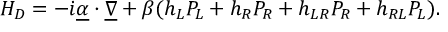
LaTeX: H _ { D } = - \dot { \imath } \underline { { { \alpha } } } \cdot \underline { { { \nabla } } } + \beta ( h _ { L } P _ { L } + h _ { R } P _ { R } + h _ { L R } P _ { R } + h _ { R L } P _ { L } ) .